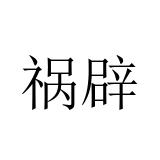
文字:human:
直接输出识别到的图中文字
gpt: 祸辟